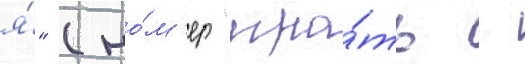
я́" (но́м'ер "игра́ть -